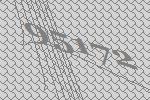
95172